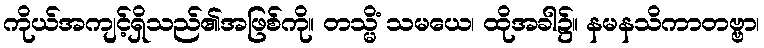
ကိုယ်အကျင့်ရှိသည်၏အဖြစ်ကို။ တသ္မိံ သမယေ၊ ထိုအခါ၌။ နမနသိကာတဗ္ဗာ၊